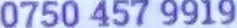
0750 457 9919